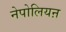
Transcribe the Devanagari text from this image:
नेपोलियऩ